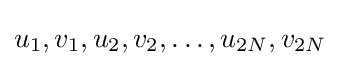
u_{1},v_{1},u_{2},v_{2},\ldots ,u_{2N},v_{2N}